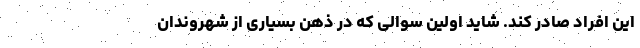
این افراد صادر کند. شاید اولین سوالی که در ذهن بسیاری از شهروندان